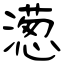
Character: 濍